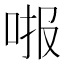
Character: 𱒧